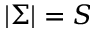
| \Sigma | = S